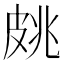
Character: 𱲄